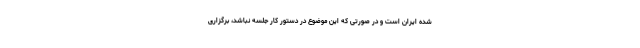
شده ایران است و در صورتی که این موضوع در دستور کار جلسه نباشد، برگزاری